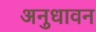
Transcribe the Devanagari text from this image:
अनुधावन